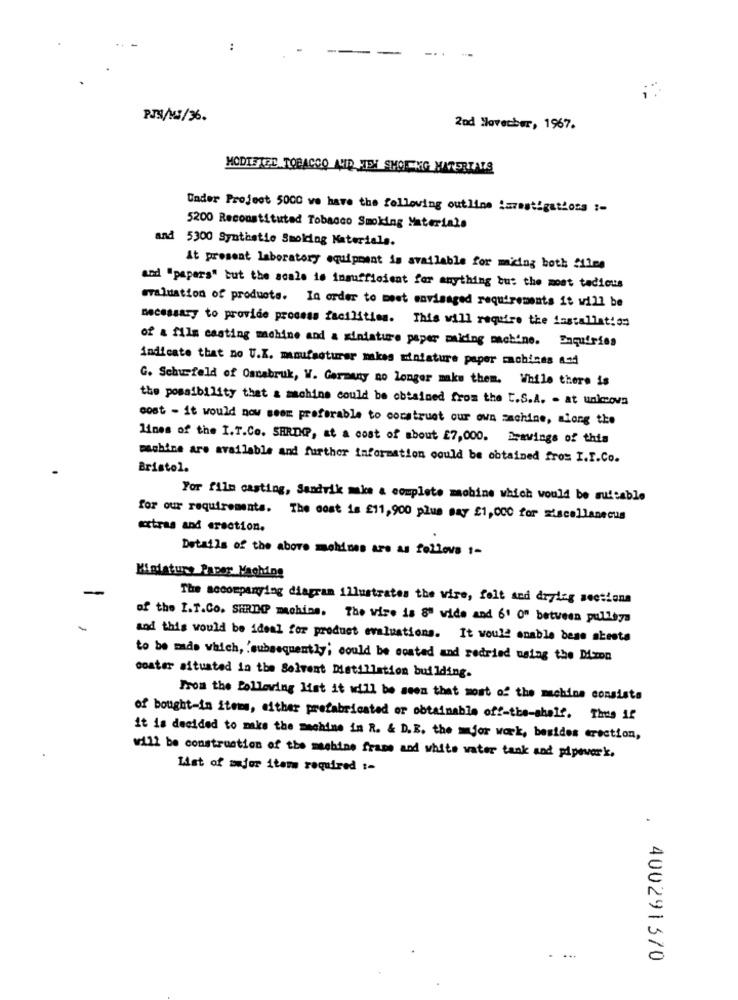
..
-..
PTS/M3/36.
2nd November, 1967.
HODIETER TOBACCO LID TEY SHOE KG MATERIALS
Under Project 50CC we have the following outline iszestigations ;-
5200 Reconstituted Tobacco Smoking Materials
and 5300 Synthstie Smoking Materials.
At present laboratory equipment is available for ming both files
and "papers" but the scale is insufficient for anything but the most tedious
evaluation of products. In order to meet envisaged requirements it will be
necessary to provide process facilities. This will require the installation
of a film casting machine and a miniature paper maicing machine. Enquiries
indicate that no U.K. manufacturer makes miniature paper machines 424
G. Schurfeld of Oscabruk, W. Germany no longer make them. While there is
the possibility that & machine could be obtained from the C.S.A. - at unkcova
cost - it would now seem preferable to corstruet our own machine, along the
lines of the I.T.Co. SHRDOP, at a cost of about £7,000. Drawings of this
machine are available and further information could be obtained from I.T.Co.
Bristol.
For film casting, Sandvik make a complete machine which would be suitable
for our requirements. The cost is £11,900 plus say £1,000 for miscellaneous
extras and erection.
Details of the above mohines are as follows 1-
Miniature Paper Maching
The accompanying diagram illustrates the wire, felt and drying sections
of the I.T.Co. SHRDO machine. The wire is 8" wide and 6" 0" between pulleys
and this would be ideal for product evaluations. It would enable bese abesta
to be made which, 'subsequently; could be conted and redried using the Moon
coater situated in the Solvent Distillation building.
From the following list it will be seen that most of the machine consists
of bought-in items, either prefabricated or obtainable off-the-shelf. Thus if
it is decided to make the machine in R. & D.B. the =Jor work, besides erection,
will be construction of the machine frame and white water tank and pipeverk.
List of major item required :-
400291370